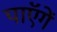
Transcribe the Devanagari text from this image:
पाएॅगें